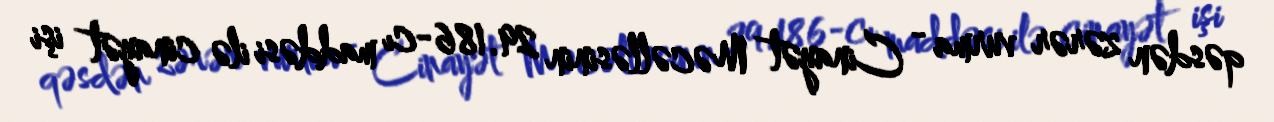
qəsdən zərər vurma - Cinayət Məcəlləsinin 29.186-cı maddəsi ilə cinayət işi